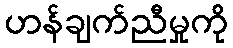
ဟန်ချက်ညီမှုကို